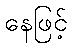
နေဖြင့်